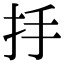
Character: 抙